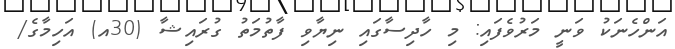
އަންހެނަކު ވަނީ މަރުވެފައި: މި ހާދިސާގައި ނިޔާވި ފާތުމަތު ގުރައިޝާ (30އ) އަހިމާގެ/